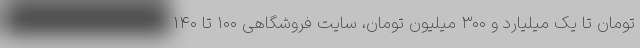
تومان تا یک میلیارد و ۳۰۰ میلیون تومان، سایت فروشگاهی ۱۰۰ تا ۱۴۰